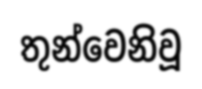
තුන්වෙනිවූ